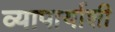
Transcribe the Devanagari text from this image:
व्यापार्याशी